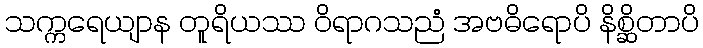
သက္ကရေယျာန တူရိယဿ ဝိရာဂသညံ အဗဓိရောပိ နိစ္ဆိတာပိ